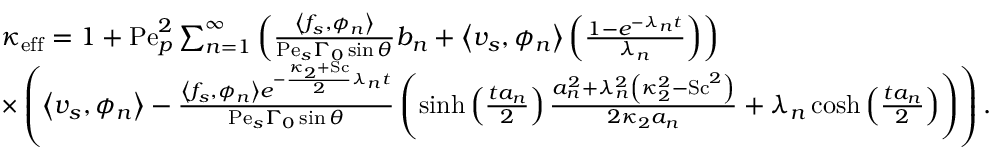
\begin{array} { r l } & { \kappa _ { \mathrm { e f f } } = 1 + \mathrm { P e } _ { p } ^ { 2 } \sum _ { n = 1 } ^ { \infty } \left( \frac { \left\langle f _ { s } , \phi _ { n } \right\rangle } { \mathrm { P e } _ { s } \Gamma _ { 0 } \sin \theta } b _ { n } + \left\langle v _ { s } , \phi _ { n } \right\rangle \left( \frac { 1 - e ^ { - \lambda _ { n } t } } { \lambda _ { n } } \right) \right) } \\ & { \times \left( \left\langle v _ { s } , \phi _ { n } \right\rangle - \frac { \left\langle f _ { s } , \phi _ { n } \right\rangle e ^ { - \frac { \kappa _ { 2 } + \mathrm { S c } } { 2 } \lambda _ { n } t } } { \mathrm { P e } _ { s } \Gamma _ { 0 } \sin \theta } \left( \sinh \left( \frac { t a _ { n } } { 2 } \right) \frac { a _ { n } ^ { 2 } + \lambda _ { n } ^ { 2 } \left( \kappa _ { 2 } ^ { 2 } - \mathrm { S c } ^ { 2 } \right) } { 2 \kappa _ { 2 } a _ { n } } + \lambda _ { n } \cosh \left( \frac { t a _ { n } } { 2 } \right) \right) \right) . } \end{array}